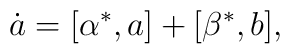
\dot{a}=[\alpha^\ast,a]+[\beta^\ast,b],